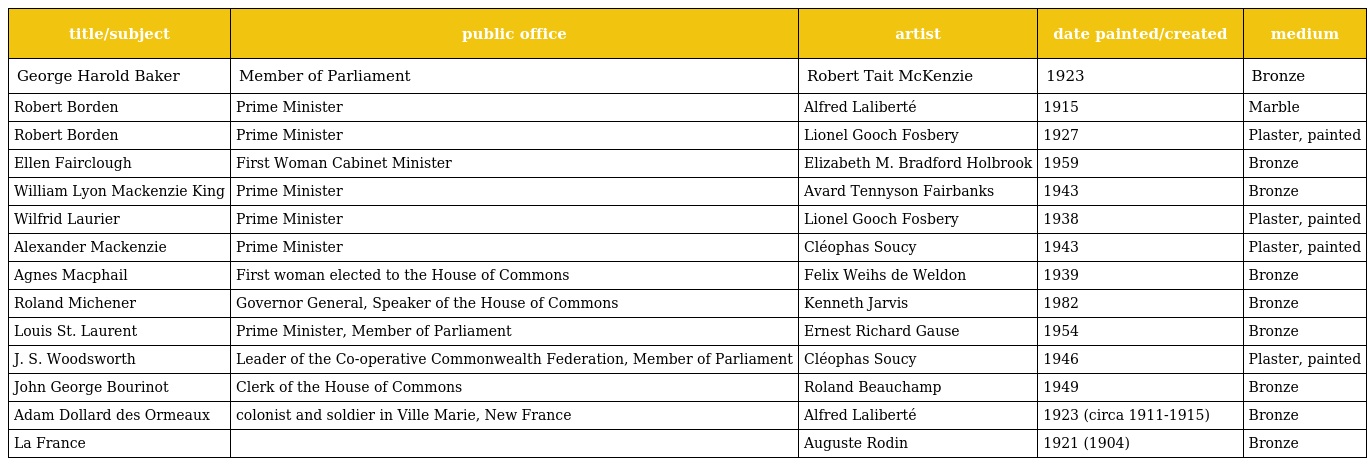
| title/subject | public office | artist | date painted/created | medium |
 | --- | --- | --- | --- | --- |
 | George Harold Baker | Member of Parliament | Robert Tait McKenzie | 1923 | Bronze |
 | Robert Borden | Prime Minister | Alfred Laliberté | 1915 | Marble |
 | Robert Borden | Prime Minister | Lionel Gooch Fosbery | 1927 | Plaster, painted |
 | Ellen Fairclough | First Woman Cabinet Minister | Elizabeth M. Bradford Holbrook | 1959 | Bronze |
 | William Lyon Mackenzie King | Prime Minister | Avard Tennyson Fairbanks | 1943 | Bronze |
 | Wilfrid Laurier | Prime Minister | Lionel Gooch Fosbery | 1938 | Plaster, painted |
 | Alexander Mackenzie | Prime Minister | Cléophas Soucy | 1943 | Plaster, painted |
 | Agnes Macphail | First woman elected to the House of Commons | Felix Weihs de Weldon | 1939 | Bronze |
 | Roland Michener | Governor General, Speaker of the House of Commons | Kenneth Jarvis | 1982 | Bronze |
 | Louis St. Laurent | Prime Minister, Member of Parliament | Ernest Richard Gause | 1954 | Bronze |
 | J. S. Woodsworth | Leader of the Co-operative Commonwealth Federation, Member of Parliament | Cléophas Soucy | 1946 | Plaster, painted |
 | John George Bourinot | Clerk of the House of Commons | Roland Beauchamp | 1949 | Bronze |
 | Adam Dollard des Ormeaux | colonist and soldier in Ville Marie, New France | Alfred Laliberté | 1923 (circa 1911-1915) | Bronze |
 | La France |  | Auguste Rodin | 1921 (1904) | Bronze |